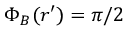
\Phi _ { B } ( \boldsymbol { r } ^ { \prime } ) = \pi / 2